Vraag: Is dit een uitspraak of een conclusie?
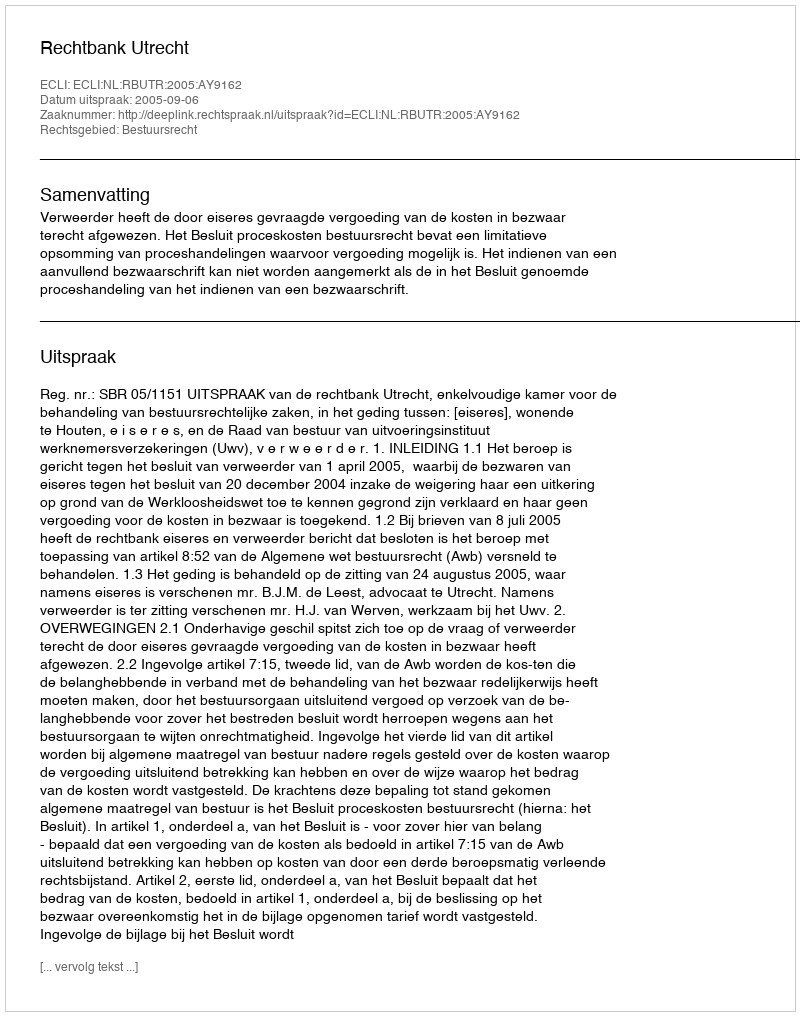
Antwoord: Uitspraak